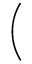
\bigg (